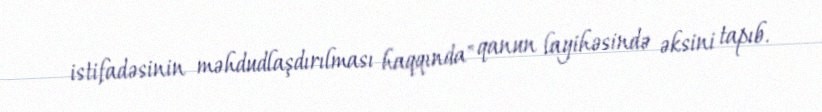
istifadəsinin məhdudlaşdırılması haqqında" qanun layihəsində əksini tapıb.